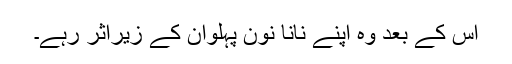
اس کے بعد وہ اپنے نانا نون پہلوان کے زیراثر رہے۔